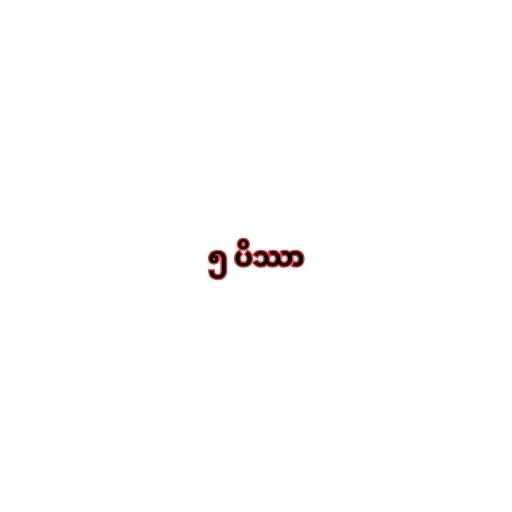
၅ ပိဿာ